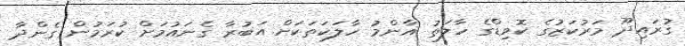
ގުރައިދޫ މަރުކަޒުގެ ކޮވިޑްގެ ހާލަތު އާންމު ހާލަކަތަކަށް އަބުރާ ގެނައުމަށް ކުރަމުން ގެންދާ